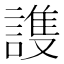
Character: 謢